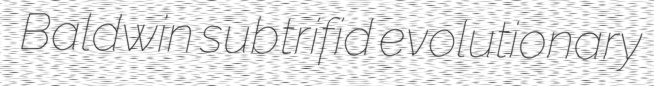
Baldwin subtrifid evolutionary